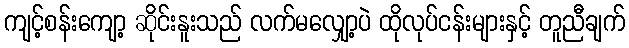
ကျင့်စန်းကျော့ ဆိုင်းနူးသည် လက်မလျှော့ပဲ ထိုလုပ်ငန်းများနှင့် တူညီချက်